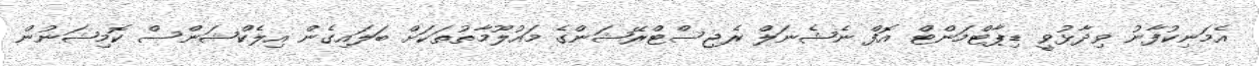
އެމަނިކުފާނު ވިދާޅުވީ ޑިޕާޓްމަންޓް އޮފް ނެޝެނަލް ރެޖިސްޓްރޭޝަންގެ މައުލޫމާތުތަކަށް ބަލައިގެން އިލެކްޝަންސް ކޮމިޝަނުން